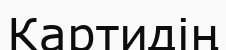
Картидің